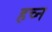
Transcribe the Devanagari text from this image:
हच्न